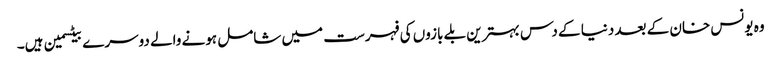
وہ یونس خان کے بعد دنیا کے دس بہترین بلے بازوں کی فہرست میں شامل ہونے والے دوسرے بیٹسمین ہیں۔